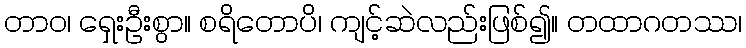
တာဝ၊ ရှေးဦးစွာ။ စရိတောပိ၊ ကျင့်ဆဲလည်းဖြစ်၍။ တထာဂတဿ၊